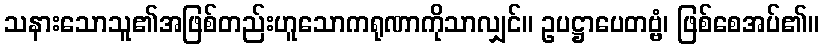
သနားသောသူ၏အဖြစ်တည်းဟူသောကရုဏာကိုသာလျှင်။ ဥပဋ္ဌာပေတဗ္ဗံ၊ ဖြစ်စေအပ်၏။